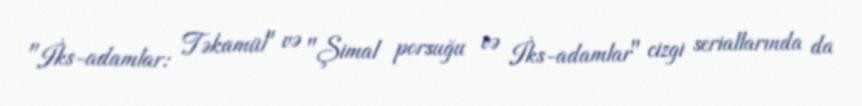
"İks-adamlar: Təkamül" və "Şimal porsuğu və İks-adamlar" cizgi seriallarında da